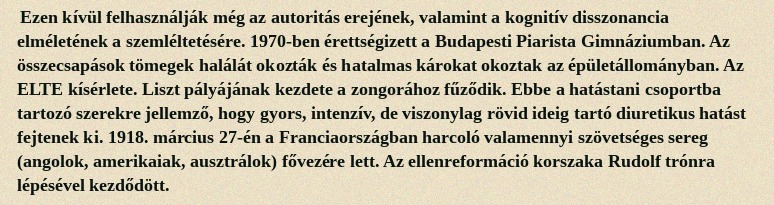
Ezen kívül felhasználják még az autoritás erejének, valamint a kognitív disszonancia elméletének a szemléltetésére. 1970-ben érettségizett a Budapesti Piarista Gimnáziumban. Az összecsapások tömegek halálát okozták és hatalmas károkat okoztak az épületállományban. Az ELTE kísérlete. Liszt pályájának kezdete a zongorához fűződik. Ebbe a hatástani csoportba tartozó szerekre jellemző, hogy gyors, intenzív, de viszonylag rövid ideig tartó diuretikus hatást fejtenek ki. 1918. március 27-én a Franciaországban harcoló valamennyi szövetséges sereg (angolok, amerikaiak, ausztrálok) fővezére lett. Az ellenreformáció korszaka Rudolf trónra lépésével kezdődött.